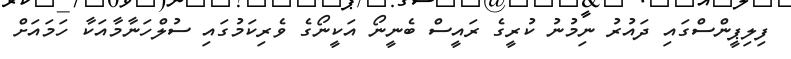
ފިލިޕީންސްގައި ދައުރު ނިމުނު ކުރީގެ ރައީސް ބެނީނޯ އަކީނޯގެ ވެރިކަމުގައި ސުލްހަނާމާއަކާ ހަމައަށް